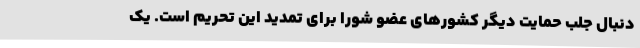
دنبال جلب حمایت دیگر کشورهای عضو شورا برای تمدید این تحریم است. یک